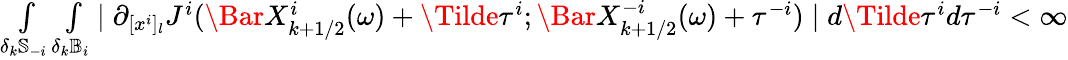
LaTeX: \begin{array}{r}{\underset{\delta_{k}\mathbb{S}_{-i}}{\int}\underset{\delta_{k}\mathbb{B}_{i}}{\int}\mid\partial_{[x^{i}]_{l}}J^{i}(\Bar{X}_{k+1/2}^{i}(\omega)+\Tilde{\tau}^{i};\Bar{X}_{k+1/2}^{-i}(\omega)+\tau^{-i})\mid d\Tilde{\tau}^{i}d\tau^{-i}<\infty}\end{array}